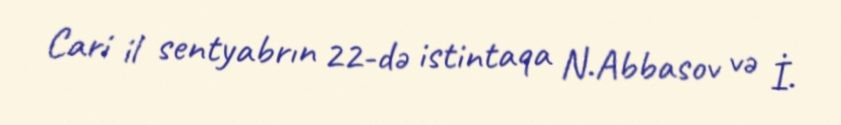
Cari il sentyabrın 22-də istintaqa N.Abbasov və İ.